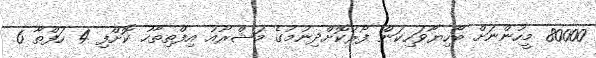
80000 މީހުންނަށް ބޯހިޔާވަހިކަން ފޯރުކޮށްދިނުމުގެ މަޝްރޫއު އިފްތިތާހު ކޮށްފި 4 ހަފްތާ 6